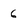
Character: 6